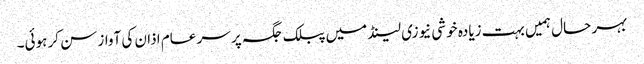
بہر حال ہمیں بہت زیادہ خوشی نیوزی لینڈ میں پبلک جگہ پر سر عام اذان کی آواز سن کر ہوئی۔